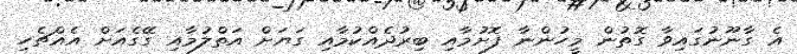
އެ ގާނޫނުގައިވާ ގޮތުން މީހުންނާ ފޮށުމާއި ބިރުދެއްކުމާއި ގަޔަށް އަތްލުމާއި ގޭގެއަށް އެއްޗެހި